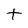
Character: t